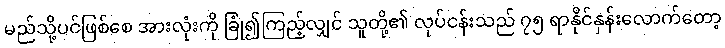
မည်သို့ပင်ဖြစ်စေ အားလုံးကို ခြုံ၍ကြည့်လျှင် သူတို့၏ လုပ်ငန်းသည် ၇၅ ရာနိုင်နှန်းလောက်တော့